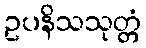
ဥပနိသသုတ္တံ